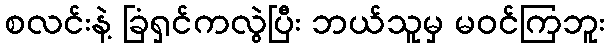
စလင်းနဲ့ ခြံရှင်ကလွဲပြီး ဘယ်သူမှ မဝင်ကြဘူး